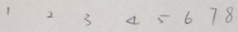
1 2 3 4 5 6 7 8